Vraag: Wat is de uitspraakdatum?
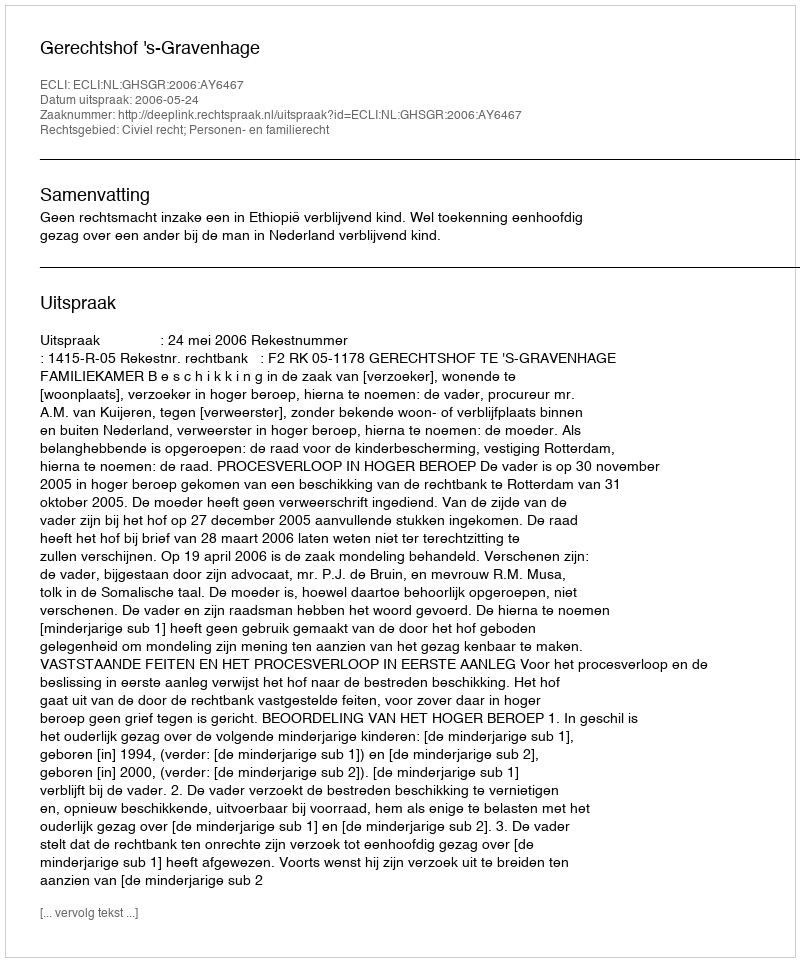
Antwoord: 2006-05-24